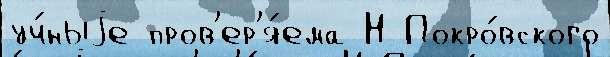
уч́ныjе пров'ер'я́ема Н Покро́вского